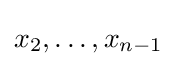
x_{2},\ldots ,x_{n-1}